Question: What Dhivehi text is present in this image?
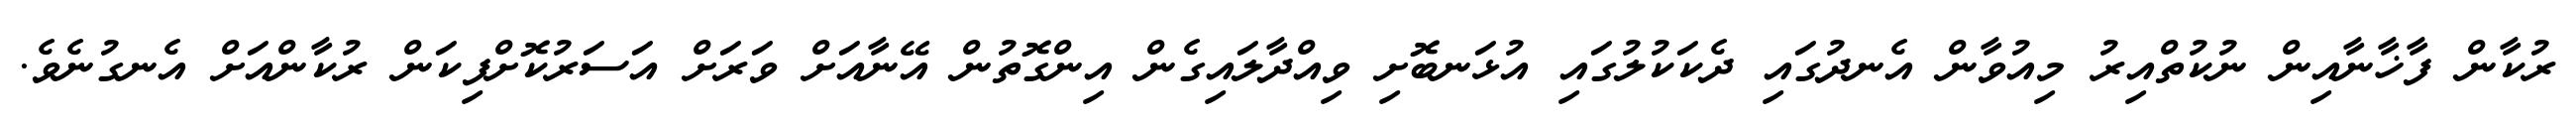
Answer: ރުކާން ފާޚާނާއިން ނުކުތްއިރު މިއުވާން އެނދުގައި ދެކަކުލުގައި އުޅަނބޮށި ވިއްދާލައިގެން އިންގޮތުން އޭނާއަށް ވަރަށް އަސަރުކޮށްފިކަން ރުކާންއަށް އެނގުނެވެ.